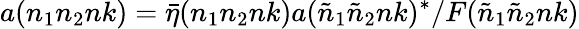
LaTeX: a(n_{1}n_{2}nk)={\bar{\eta}}(n_{1}n_{2}nk)a({\tilde{n}}_{1}{\tilde{n}}_{2}nk)^{*}/F({\tilde{n}}_{1}{\tilde{n}}_{2}nk)